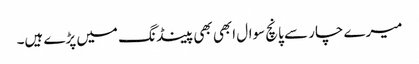
میرے چار سے پانچ سوال ابھی بھی پینڈ نگ میں پڑے ہیں۔